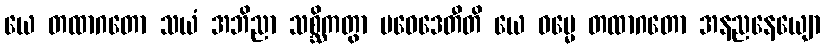
ယေ တထာဂတော သယံ အဘိညာ သစ္ဆိကတွာ ပဝေဒေတီတိ ယေ ဓမ္မေ တထာဂတော အနညနေယျော